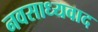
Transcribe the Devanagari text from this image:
नवसाध्यवाद